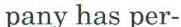
pany has per-